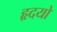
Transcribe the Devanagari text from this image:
हृदयो